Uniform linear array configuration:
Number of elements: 32
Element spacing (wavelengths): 1
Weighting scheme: hann
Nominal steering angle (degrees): -30
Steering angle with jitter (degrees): -30.755
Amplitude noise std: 0.05
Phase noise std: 0.05

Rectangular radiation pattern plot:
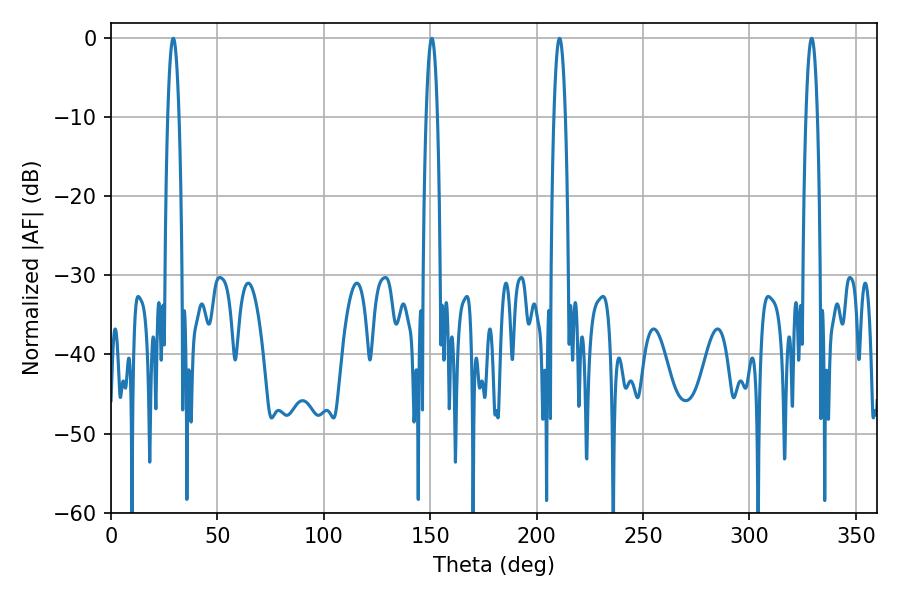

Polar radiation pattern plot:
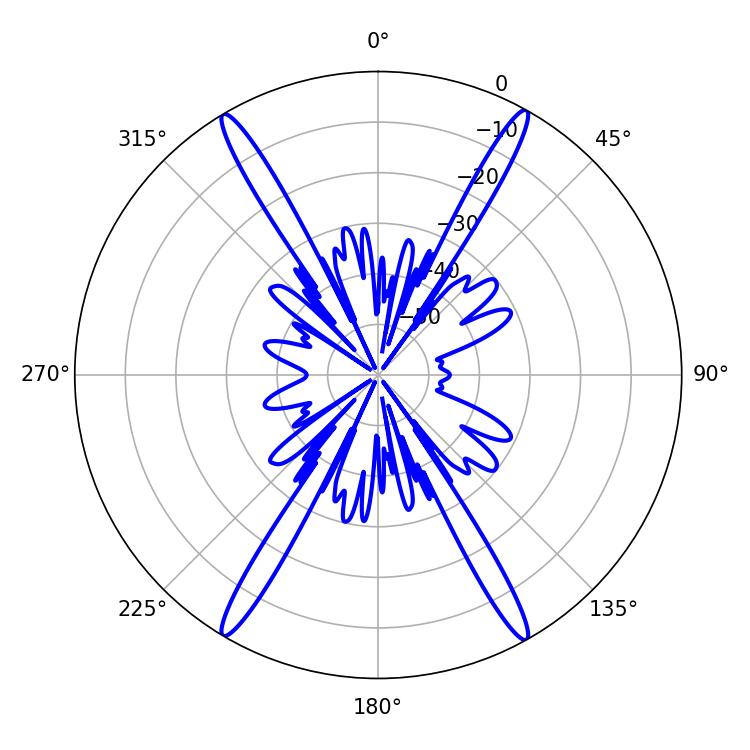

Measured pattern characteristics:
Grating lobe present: TRUE
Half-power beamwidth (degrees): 2.88
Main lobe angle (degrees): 329.22